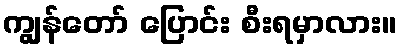
ကျွန်တော် ပြောင်း စီးရမှာလား။